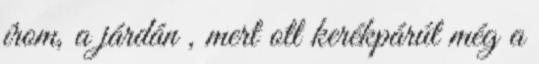
írom, a járdán , mert ott kerékpárút még a